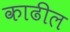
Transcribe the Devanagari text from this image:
काढील